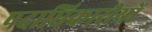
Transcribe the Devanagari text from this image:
पदाधिकारीयों